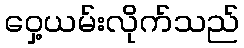
ဝှေ့ယမ်းလိုက်သည်